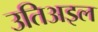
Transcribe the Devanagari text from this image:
उतिअइल